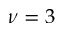
\nu = 3